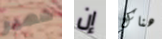
شهير إن هناك